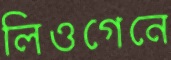
লিওগেনে